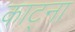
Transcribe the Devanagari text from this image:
काट्ना